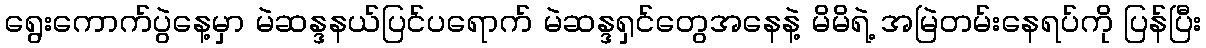
ရွေးကောက်ပွဲနေ့မှာ မဲဆန္ဒနယ်ပြင်ပရောက် မဲဆန္ဒရှင်တွေအနေနဲ့ မိမိရဲ့ အမြဲတမ်းနေရပ်ကို ပြန်ပြီး